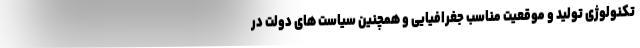
تکنولوژی تولید و موقعیت مناسب جغرافیایی و همچنین سیاست های دولت در